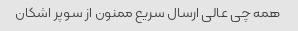
همه چی عالی ارسال سریع ممنون از سوپر اشکان